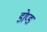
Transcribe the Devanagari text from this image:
डोप्ड